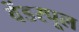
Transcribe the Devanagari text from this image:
वेंडरपूल